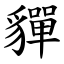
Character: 貚